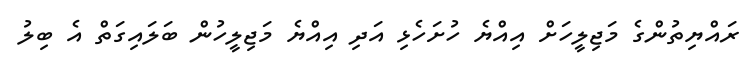
ރައްޔިތުންގެ މަޖިލީހަށް އިއްޔެ ހުށަހެޅި އަދި އިއްޔެ މަޖިލީހުން ބަލައިގަތް އެ ބިލު